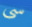
سى